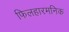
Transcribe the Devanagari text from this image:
फिलहारमनिक